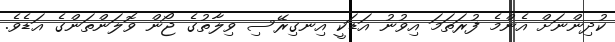
ކުދިންނަށް އެންމެ ފުރަތަމަ އިވުނު އަޑަކީ އިނގިރޭސި ވިލާތުގެ ޖޯން ވޮލަންތަންގެ އަޑެވެ.